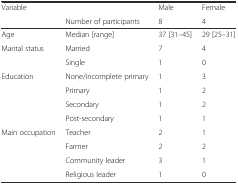
| Variable |  | Male | Female |
 |  | Number of participants | 8 | 4 |
 | --- | --- | --- | --- |
 | Age | Median [range] | 37 [31–45] | 29 [25–31] |
 | Marital status | Married | 7 | 4 |
 |  | Single | 1 | 0 |
 | Education | None/incomplete primary | 1 | 3 |
 |  | Primary | 1 | 2 |
 |  | Secondary | 1 | 2 |
 |  | Post-secondary | 1 | 1 |
 | Main occupation | Teacher | 2 | 1 |
 |  | Farmer | 2 | 2 |
 |  | Community leader | 3 | 1 |
 |  | Religious leader | 1 | 0 |